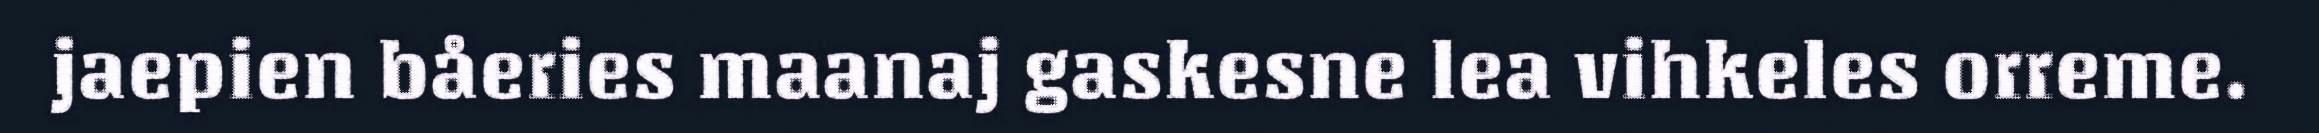
jaepien båeries maanaj gaskesne lea vihkeles orreme.